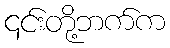
၎င်းတို့ဘက်က